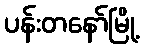
ပန်းတနော်မြို့